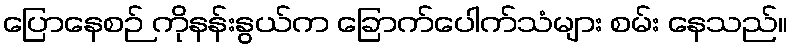
ပြောနေစဉ် ကိုနန်းနွယ်က ခြောက်ပေါက်သံများ စမ်း နေသည်။